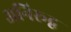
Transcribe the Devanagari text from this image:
अनिरूद्व